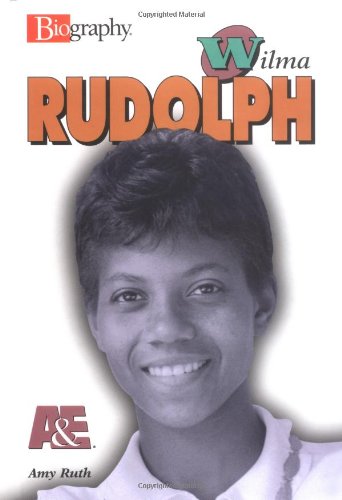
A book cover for Wilma Rudolph (Biography (Lerner Hardcover)); Amy Ruth; Children's Books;